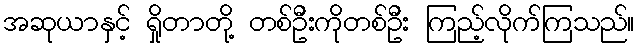
အဆုယာနှင့် ရှိုတာတို့ တစ်ဦးကိုတစ်ဦး ကြည့်လိုက်ကြသည်။